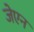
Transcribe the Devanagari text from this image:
जेएन